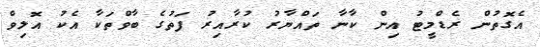
އެގޮތުން ރެޑްމީޓު އިން ކާނާ ތައްޔާރު ކުރާއިރު ފަތުގެ ބާވްތަކާ އެކު އޮލިވް